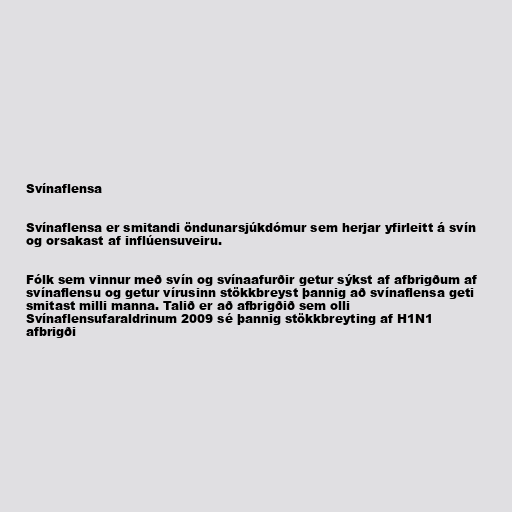
Svínaflensa

Svínaflensa er smitandi öndunarsjúkdómur sem herjar yfirleitt á svín
og orsakast af inflúensuveiru.

Fólk sem vinnur með svín og svínaafurðir getur sýkst af afbrigðum af
svínaflensu og getur vírusinn stökkbreyst þannig að svínaflensa geti
smitast milli manna. Talið er að afbrigðið sem olli
Svínaflensufaraldrinum 2009 sé þannig stökkbreyting af H1N1
afbrigði